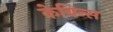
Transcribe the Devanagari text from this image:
केबिन्स